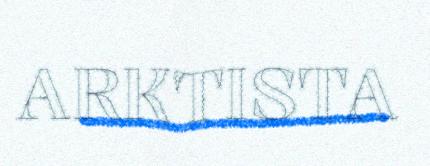
ARKTISTA